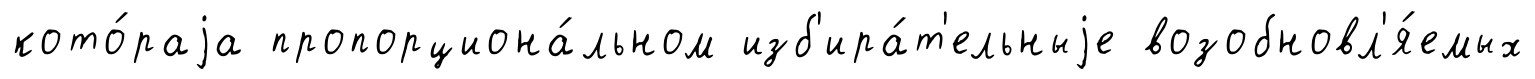
кото́раjа пропорциона́льном изб'ира́т'ельныjе возобновл'я́емых